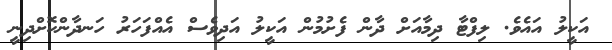
އަކީލު އައެވެ. ލިފްޓާ ދިމާއަށް ދާން ފެށުމުން އަކީލު އަދިވެސް އެއްފަހަރު ހަނދާންކޮށްދިނީ